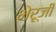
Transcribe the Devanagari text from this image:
भेरूजी